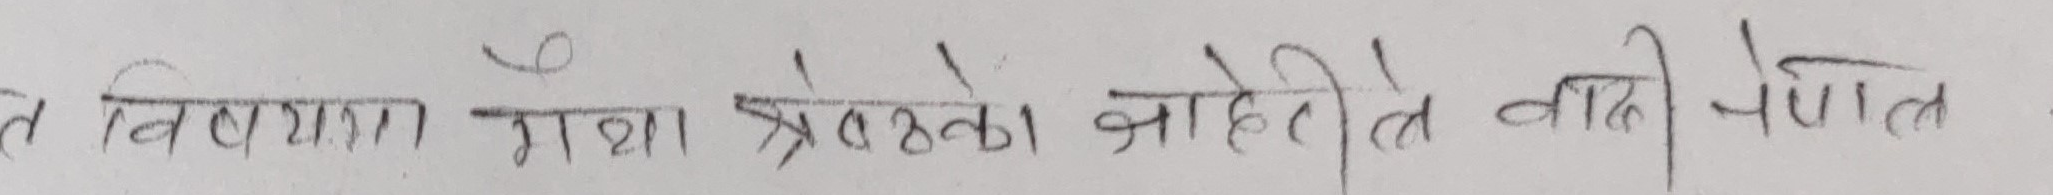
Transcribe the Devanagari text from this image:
त विलयात मथा प्रत्येका जाहेतीले वाही पेल